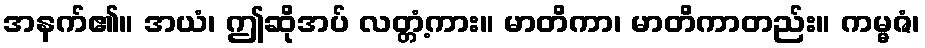
အနက်၏။ အယံ၊ ဤဆိုအပ် လတ္တံ့ကား။ မာတိကာ၊ မာတိကာတည်း။ ကမ္မဇံ၊